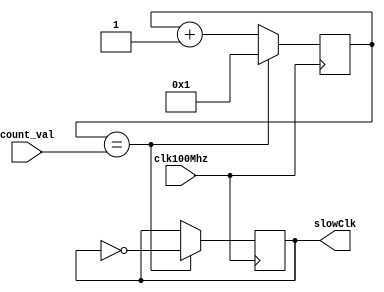
module clockDivider(count_val, clk100Mhz, slowClk);
  input clk100Mhz; //fast clock
  input [27:0] count_val;
  output reg slowClk; //slow clock

  reg[27:0] counter;

  initial begin
    counter = 0;
    slowClk = 0;
  end

  always @ (posedge clk100Mhz)
  begin
    if(counter == count_val) begin
      counter <= 1;
      slowClk <= ~slowClk;
    end
    else begin
      counter <= counter + 1;
    end
  end

endmodule